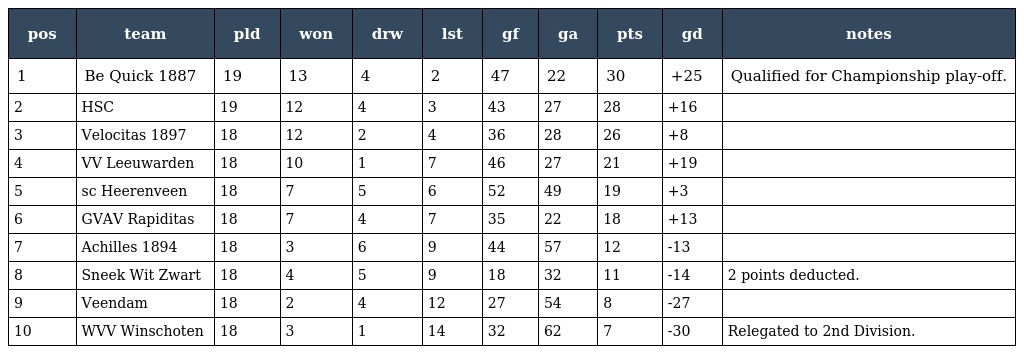
| pos | team | pld | won | drw | lst | gf | ga | pts | gd | notes |
 | --- | --- | --- | --- | --- | --- | --- | --- | --- | --- | --- |
 | 1 | Be Quick 1887 | 19 | 13 | 4 | 2 | 47 | 22 | 30 | +25 | Qualified for Championship play-off. |
 | 2 | HSC | 19 | 12 | 4 | 3 | 43 | 27 | 28 | +16 |  |
 | 3 | Velocitas 1897 | 18 | 12 | 2 | 4 | 36 | 28 | 26 | +8 |  |
 | 4 | VV Leeuwarden | 18 | 10 | 1 | 7 | 46 | 27 | 21 | +19 |  |
 | 5 | sc Heerenveen | 18 | 7 | 5 | 6 | 52 | 49 | 19 | +3 |  |
 | 6 | GVAV Rapiditas | 18 | 7 | 4 | 7 | 35 | 22 | 18 | +13 |  |
 | 7 | Achilles 1894 | 18 | 3 | 6 | 9 | 44 | 57 | 12 | -13 |  |
 | 8 | Sneek Wit Zwart | 18 | 4 | 5 | 9 | 18 | 32 | 11 | -14 | 2 points deducted. |
 | 9 | Veendam | 18 | 2 | 4 | 12 | 27 | 54 | 8 | -27 |  |
 | 10 | WVV Winschoten | 18 | 3 | 1 | 14 | 32 | 62 | 7 | -30 | Relegated to 2nd Division. |